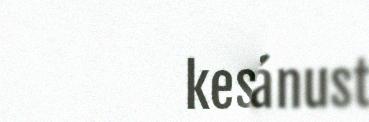
kesimáánust